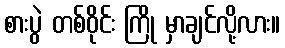
စားပွဲ တစ်ဝိုင်း ကြို မှာချင်လို့လား။